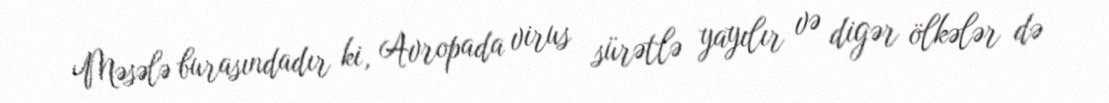
Məsələ burasındadır ki, Avropada virus sürətlə yayılır və digər ölkələr də